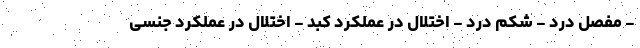
- مفصل درد - شکم درد - اختلال در عملکرد کبد - اختلال در عملکرد جنسی